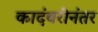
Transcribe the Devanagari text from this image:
कादंबरीनंतर